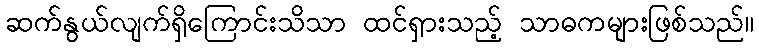
ဆက်နွယ်လျက်ရှိကြောင်းသိသာ ထင်ရှားသည့် သာဓကများဖြစ်သည်။